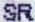
SR